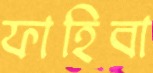
ফাহিবা